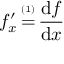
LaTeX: f _ { x } ^ { \prime } \, { \overset { \underset { \mathrm { ( 1 ) } } { } } { = } } \, { \frac { \operatorname { d } \! f } { \operatorname { d } \! x } }